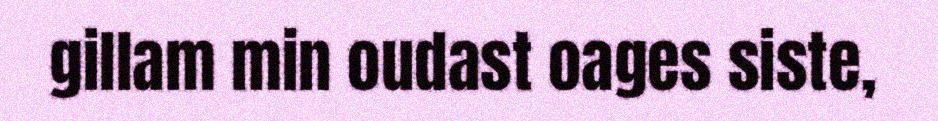
gillam min oudast oages siste,